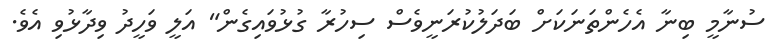
ސުނާމީ ބިނާ އެހެންތަނަކަށް ބަދަލުކުރަނީވެސް ސިހުރާ ގުޅުވައިގެން" އަލީ ވަހީދު ވިދާޅުވި އެވެ.